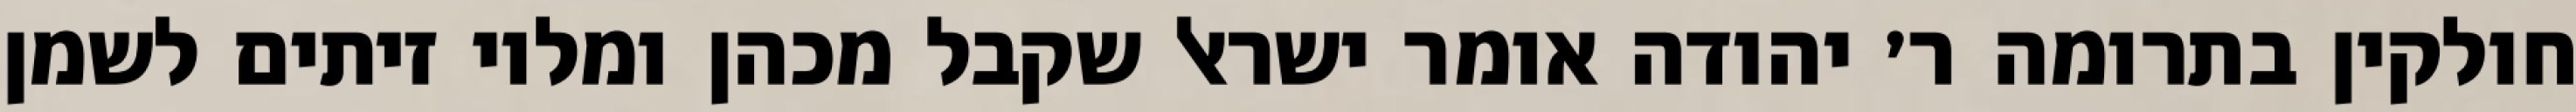
חולקין בתרומה ר׳ יהודה אומר ישראל שקבל מכהן ומלוי זיתים לשמן